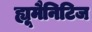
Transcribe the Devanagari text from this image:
ह्यूमैनिटिज